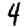
Digit: 4